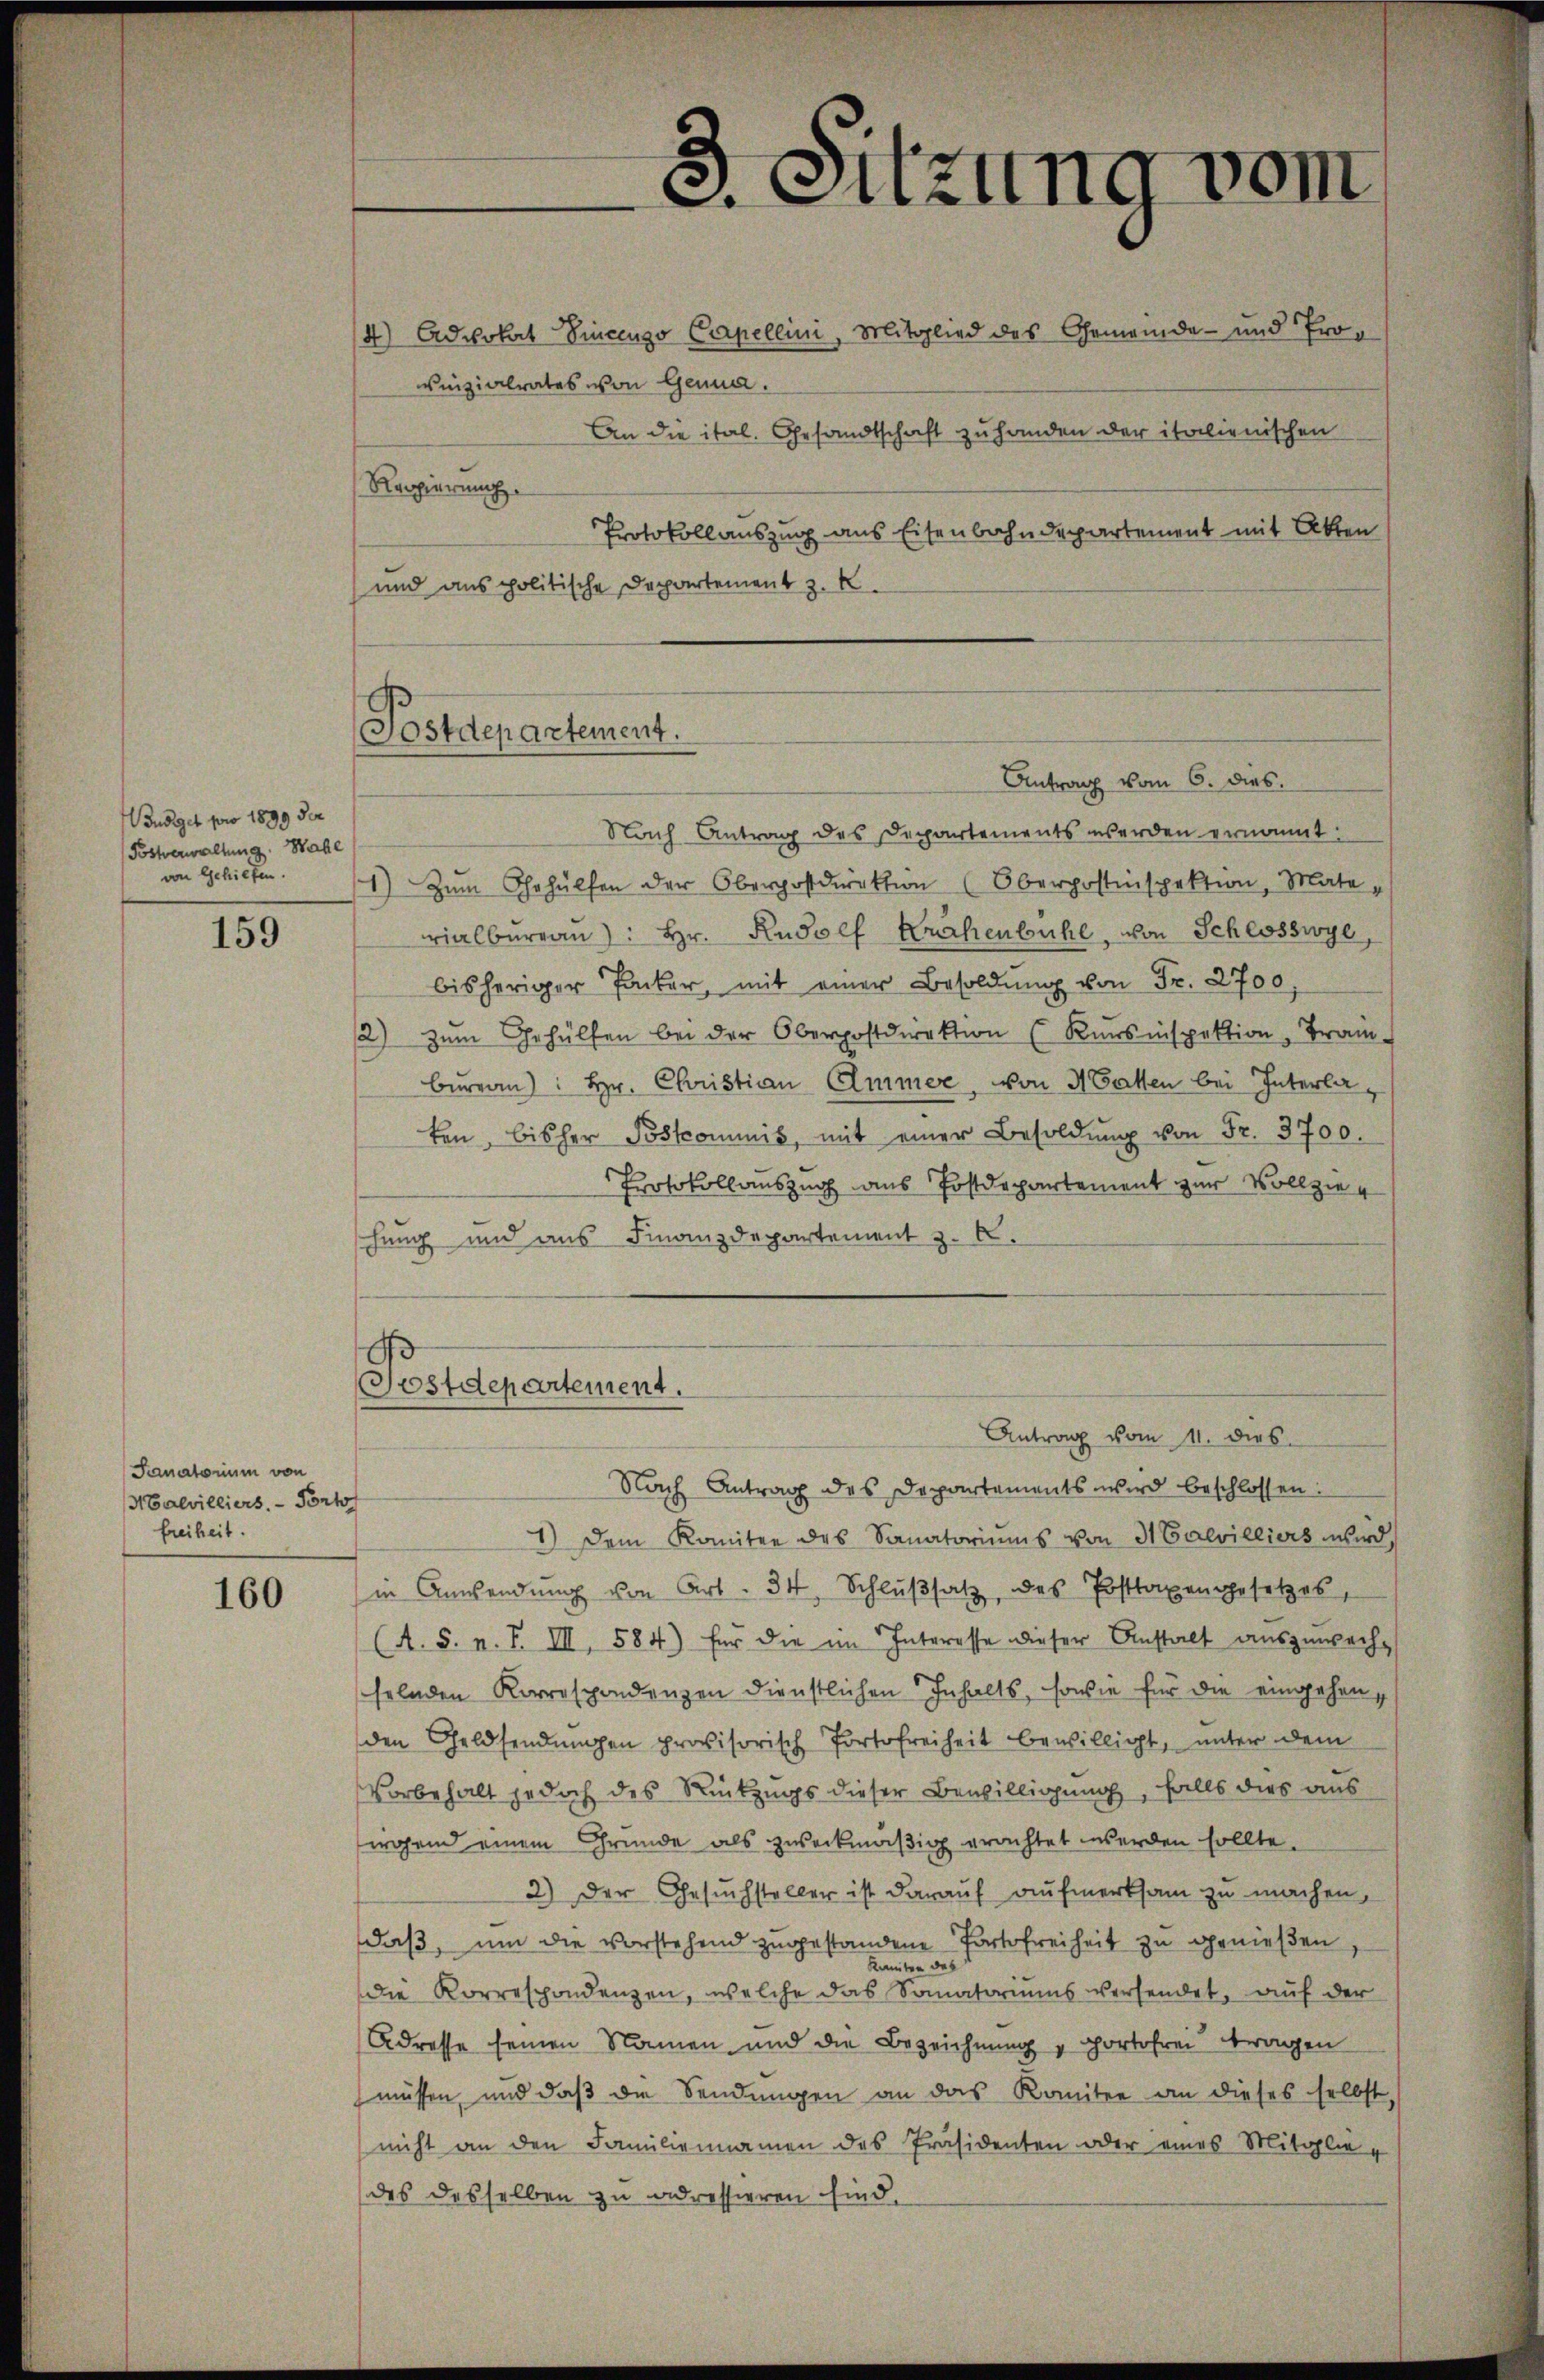
Bondiget pro 1899 der
(Postverwaltung. Wahl
von Gehilfen.

159

Sanatorium von
Malvilliers. - Ponto
freiheit.

160

Postdepartement.

3. Sitzung vom

4) Advokat Vincenzo Capellini, Mitglied des Gemeinde- und Provnizialrates von Genua.
An die ital. Gesandtschaft zu handen der italienischen
Regierung.
Protokoll auszug aus Eisenbahndepartement mit Aben
und aus politische Departement z. K
Antrag vom 6. dies
Nach Antrag des Departements werden ernannt:
1) Zum Gehülfen der Oberpostdirektion (Oberpostinspektion, Mate-
vialbüreau): Hr. Rudolf Krachenbühl, von Schlosswyl,
bisheriger Packer, mit einer Besoldŭng von Fr. 2700.
2) zŭm Gehülfen bei der Oberpostdirektion (Kursinspektion, Tram-
bureau): Hr. Christian Ammer, von 3 Gatten bei Interlaten, bisher Postcommis, mit einer Besoldŭng von Fr. 3700.
Protokollauszug aus Postdepartement zur Vollziehung und aus Finanzdepartement z. B.
Postdepartement.
Antrag vom 11. dies
Nach Antrag des Departements wird beschlossen:
1.) Dem Komitee des Sanatoriŭms von 3 Calvilliers wird,
in Anwendŭng von Art. 34, Schlŭβsatz, des Posttaxengesetzes,
(A. S. n. F. III, 584) für die im Interesse dieser Anstalt auszuwech
selnden Korrespondenzen dienstlichen Inhalts, sowie für die eingehen,
den Geldsendungen provisorisch Portofreiheit bewilligt, unter dem
Vorbehalt jedoch des Rückzugs dieser Bewilligung, falls dies aus
irgend einem Grunde als zweckmäßig erachtet werden sollte.
2.) Der Gesuchsteller ist darauf aufmerksam zu machen,
daβ, ŭm die vorstehend zŭgestandene Portofreiheit zu genießen,
Kamten des
Die Korrespondenzen, welche das Somatoriums versendet, auf der
Adresse seinen Namen und die Bezeichnung u Portofrei trangen
müssen, und daß die Sendungen an das Komitee an dieses selbst,
nicht an den Familiennamen des Präsidenten oder eines Mitglie-
des desselben zu adressieren sind.